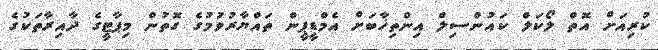
ކުރިއަށް އޮތް ލޯކަލް ކައުންސިލް އިންތިޚާބަށް އެމްޑީޕީން ތައްޔާރުވުމުގެ ގޮތުން މިޕާޓީގެ ދާއިރާތަކުގެ